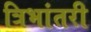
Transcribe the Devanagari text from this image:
त्रिभांतरी